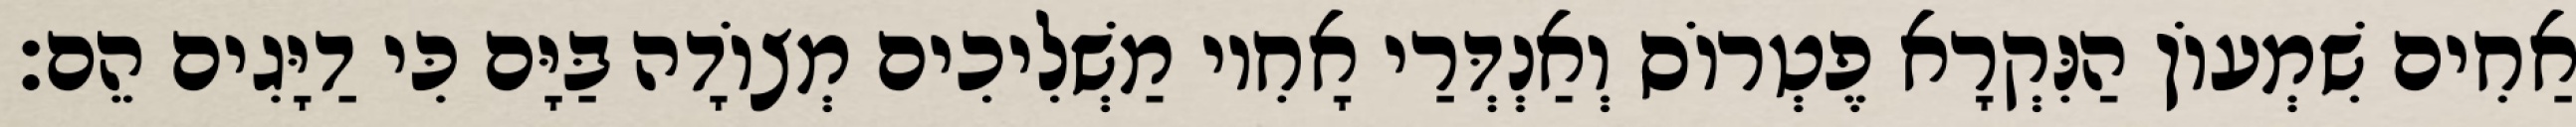
אַחִים שִׁמְעוֹן הַנִּקְרָא פֶטְרוֹס וְאַנְדְּרַי אָחִיו מַשְׁלִיכִים מְצוֹדָה בַּיָּם כִּי דַיָּגִים הֵם׃